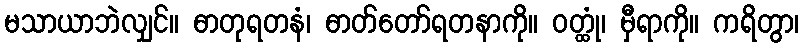
မသာယာဘဲလျှင်။ ဓာတုရတနံ၊ ဓာတ်တော်ရတနာကို။ ဝတ္ထုံ၊ မှီရာကို။ ကရိတွာ၊